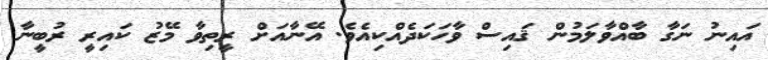
އައިނު ނަގާ ބާއްވާލަމުން ޤައިސް ވާހަކަދެއްކިއެވެ. އޭނާއަށް ރީތިވާ މޭޒު ކައިރީ ރުބީނާ